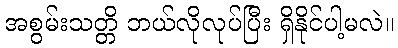
အစွမ်းသတ္တိ ဘယ်လိုလုပ်ပြီး ရှိနိုင်ပါ့မလဲ။